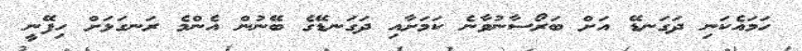
ހަމައެކަނި ދަގަނޑޭ އަށް ބަރޯސާނުވާނެ ކަމަށާއި ދަގަނޑޭގެ ބޭނުން އެންމެ ރަނގަޅަށް ހިފޭނީ